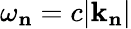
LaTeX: \omega_{\mathbf{n}}=c|\mathbf{k}_{\mathbf{n}}|